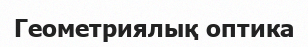
Геометриялық оптика